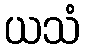
ယသံ